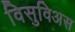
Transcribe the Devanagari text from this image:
विसुविअस